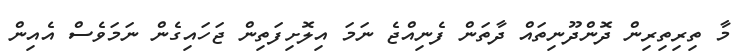
މާ ތިރިތިރިން ދޮންދޫނިތައް ދާތަން ފެނިއްޖެ ނަމަ އިލޮށިފަތިން ޖަހައިގެން ނަމަވެސް އެއިން